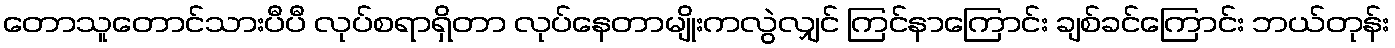
တောသူတောင်သားပီပီ လုပ်စရာရှိတာ လုပ်နေတာမျိုးကလွဲလျှင် ကြင်နာကြောင်း ချစ်ခင်ကြောင်း ဘယ်တုန်း